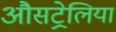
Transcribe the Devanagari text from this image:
औसट्रेलिया